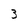
Character: 3